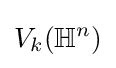
V_{k}(\mathbb {H} ^{n})